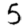
Digit: 5